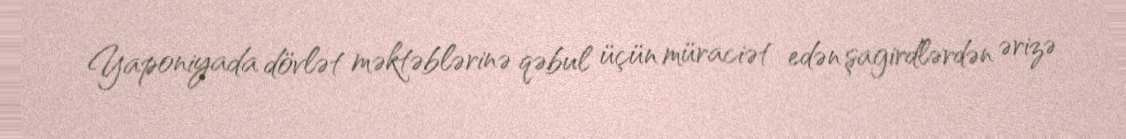
Yaponiyada dövlət məktəblərinə qəbul üçün müraciət edən şagirdlərdən ərizə